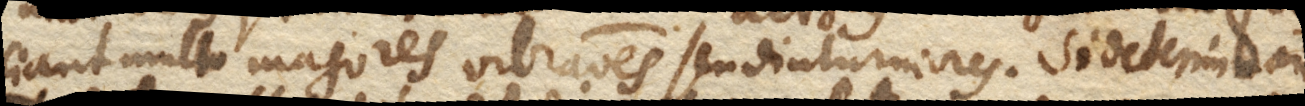
ciant multo majores vibrationes seu diuturniores. Si determinari